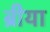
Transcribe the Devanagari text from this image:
ब्रीया